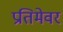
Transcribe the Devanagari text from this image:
प्रतिमेवर